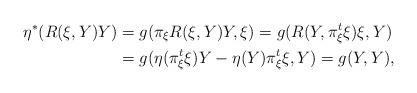
LaTeX: \begin{align*}\eta^{*} (R(\xi, Y)Y)&=g(\pi_{\xi} R(\xi, Y)Y, \xi)=g(R(Y, \pi_{\xi}^{t} \xi)\xi, Y)\\&=g(\eta(\pi_{\xi}^{t} \xi)Y - \eta (Y) \pi_{\xi}^{t} \xi, Y)=g(Y, Y),\end{align*}